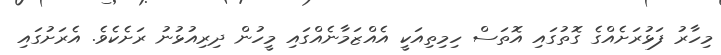
މިހާރު ފަޅުރަށެއްގެ ގޮތުގައި އޮތަސް ހިމިތިއަކީ އެއްޒަމާނެއްގައި މީހުން ދިރިއުޅުނު ރަށެކެވެ. އެރަށުގައި